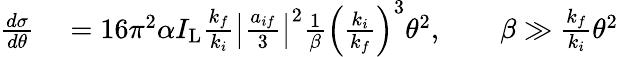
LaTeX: \begin{array}{rl}{\frac{d\sigma}{d\theta}}&{{}=16\pi^{2}\alpha I_{\mathrm{L}}\frac{k_{f}}{k_{i}}\left\vert\frac{a_{if}}{3}\right\vert^{2}\frac{1}{\beta}\left(\frac{k_{i}}{k_{f}}\right)^{3}\theta^{2},\qquad\beta\gg\frac{k_{f}}{k_{i}}\theta^{2}}\end{array}